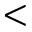
<